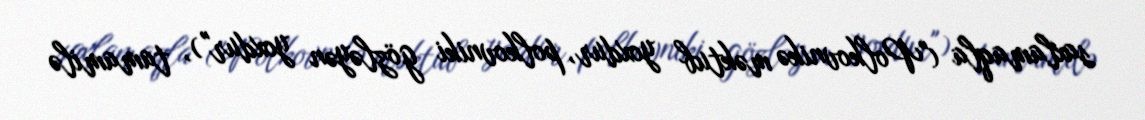
saxlamaqla ("Polkovnikə məktub yoxdur, polkovniki gözləyən yoxdur"), tamamilə